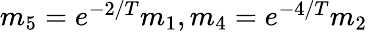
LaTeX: \begin{array}{r}{m_{5}=e^{-2/T}m_{1},m_{4}=e^{-4/T}m_{2}}\end{array}